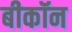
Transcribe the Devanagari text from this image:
बीकॉन